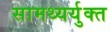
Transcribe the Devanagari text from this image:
सामथ्यर्युक्त